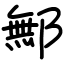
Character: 鄦